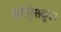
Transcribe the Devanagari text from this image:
काँग्रेसवुमन